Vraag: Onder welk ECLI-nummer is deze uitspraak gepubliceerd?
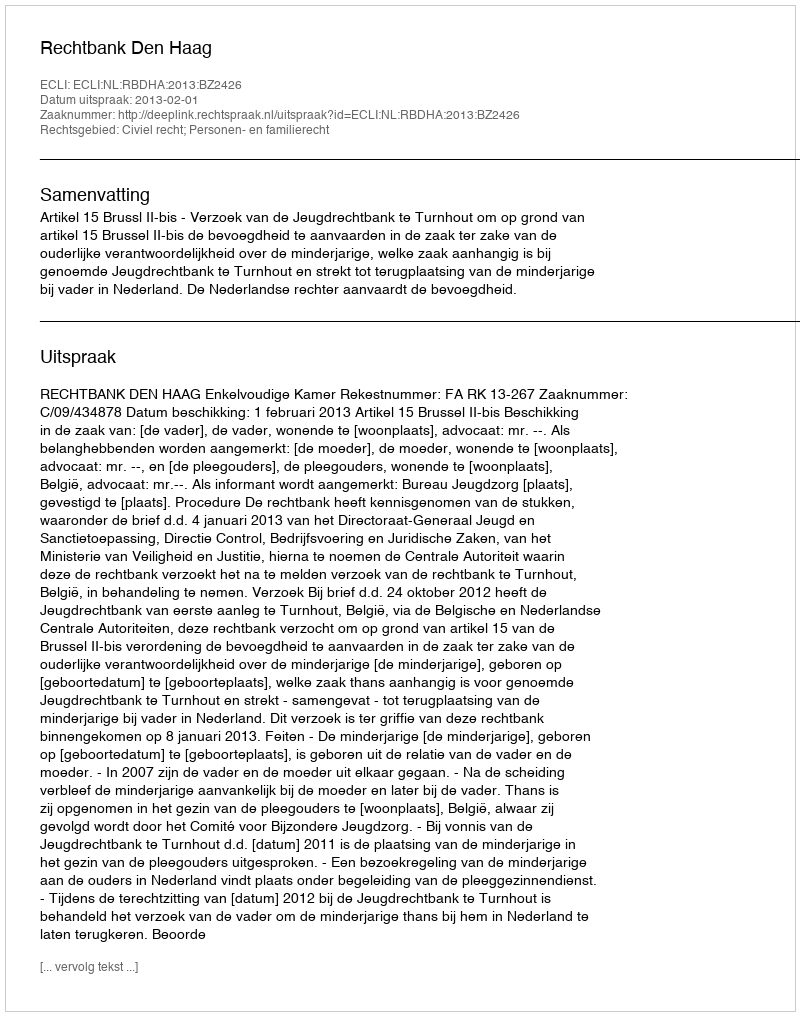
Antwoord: ECLI:NL:RBDHA:2013:BZ2426